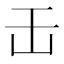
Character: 𠙻